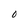
Character: O